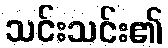
သင်းသင်း၏